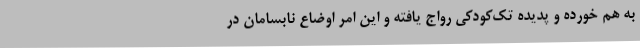
به هم خورده و پدیده تک‌کودکی رواج یافته و این امر اوضاع نابسامان در